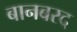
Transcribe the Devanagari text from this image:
बानबरद